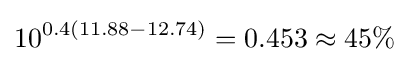
10^{0.4(11.88-12.74)}=0.453\approx 45\%